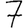
Digit: 7